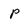
Character: p